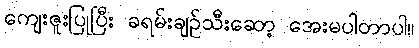
ကျေးဇူးပြုပြီး ခရမ်းချဉ်သီးဆော့ အေးမပါတာပါ။